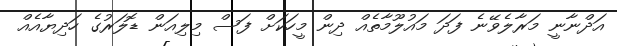
އަދްނާނީ މަރާލެވޭނެ ފަދަ މައުލޫމާތެއް ދިން މީހަކަށް ފަސް މިލިއަން ޑޮލަރުގެ ހަދިޔާއެއް